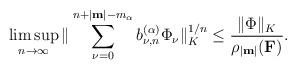
LaTeX: \begin{align*}\limsup_{n \rightarrow \infty} \|\sum_{\nu=0}^{n+|\textup{\textbf{m}}|-m_\alpha} b_{\nu,n}^{(\alpha)} \Phi_\nu\|_K^{1/n}\leq \frac{\|\Phi\|_K}{\rho_{|\textup{\textbf{m}}|}(\textup{\textbf{F}})}. \end{align*}